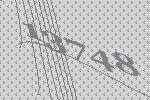
13748